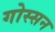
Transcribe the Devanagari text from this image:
गोस्सन